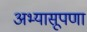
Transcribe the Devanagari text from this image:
अभ्यासूपणा